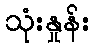
သုံးနှုန်း